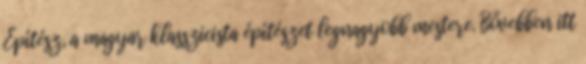
Építész, a magyar klasszicista építészet legnagyobb mestere. Bővebben itt